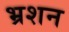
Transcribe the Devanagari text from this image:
भ्रशन